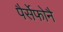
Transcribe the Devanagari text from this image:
पैर्सेफोनै